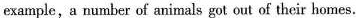
example,a number of animals got out of their homes.